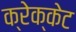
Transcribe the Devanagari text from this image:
क्रेक्केट